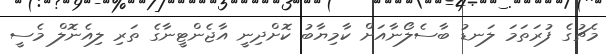
މެޗުގެ ފުރަތަމަ ލަނޑު ބާސެލޯނާއަށް ކާމިޔާބު ކޮށްދިނީ އާޖެންޓީނާގެ ތަރި ލިއެނޮލް މެސީ